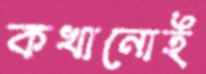
কখানোই